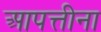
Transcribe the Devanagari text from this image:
आपत्तीना